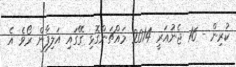
ކުރިން - 16 ޖެނުއަރީ 2014 މައްޗަންގޮޅި ގޭގައި އަލިފާން ރޯވެ އެ